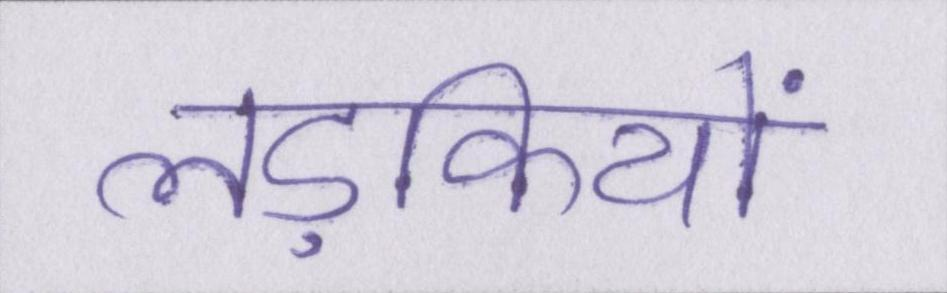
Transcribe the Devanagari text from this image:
लड़कियों